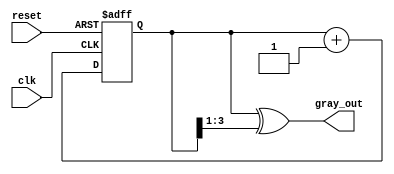
module gray_code_counter (
    input wire clk,          // Clock signal
    input wire reset,        // Asynchronous reset signal
    output reg [N-1:0] gray_out // Gray code output
);
    parameter N = 4; // Number of bits for the counter (adjust as needed)

    reg [N-1:0] binary_count; // Binary counter

    // Binary to Gray code conversion
    function [N-1:0] binary_to_gray;
        input [N-1:0] binary;
        begin
            binary_to_gray = binary ^ (binary >> 1);
        end
    endfunction

    always @(posedge clk or posedge reset) begin
        if (reset) begin
            binary_count <= 0; // Reset binary counter to 0
        end else begin
            binary_count <= binary_count + 1; // Increment binary counter
        end
    end

    // Update gray_out on every clock cycle
    always @(binary_count) begin
        gray_out <= binary_to_gray(binary_count); // Convert binary to Gray code
    end

endmodule